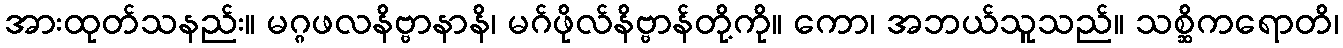
အားထုတ်သနည်း။ မဂ္ဂဖလနိဗ္ဗာနာနိ၊ မဂ်ဖိုလ်နိဗ္ဗာန်တို့ကို။ ကော၊ အဘယ်သူသည်။ သစ္ဆိကရောတိ၊